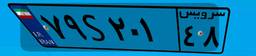
۳۶S۰۹۰۵۳